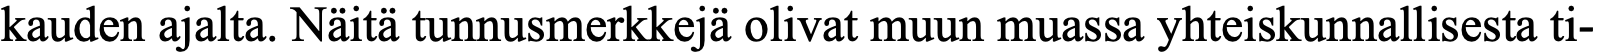
kauden ajalta. Näitä tunnusmerkkejä olivat muun muassa yhteiskunnallisesta ti-